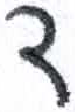
אות: ד